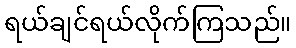
ရယ်ချင်ရယ်လိုက်ကြသည်။